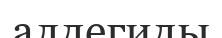
алдегиды